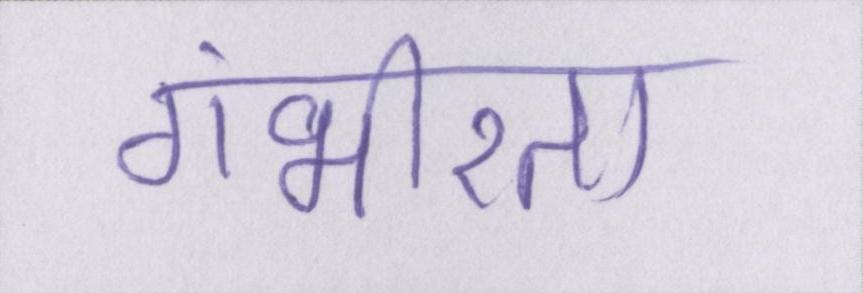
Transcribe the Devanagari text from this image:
गंभीरता